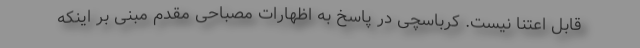
قابل اعتنا نیست. کرباسچی در پاسخ به اظهارات مصباحی مقدم مبنی بر اینکه